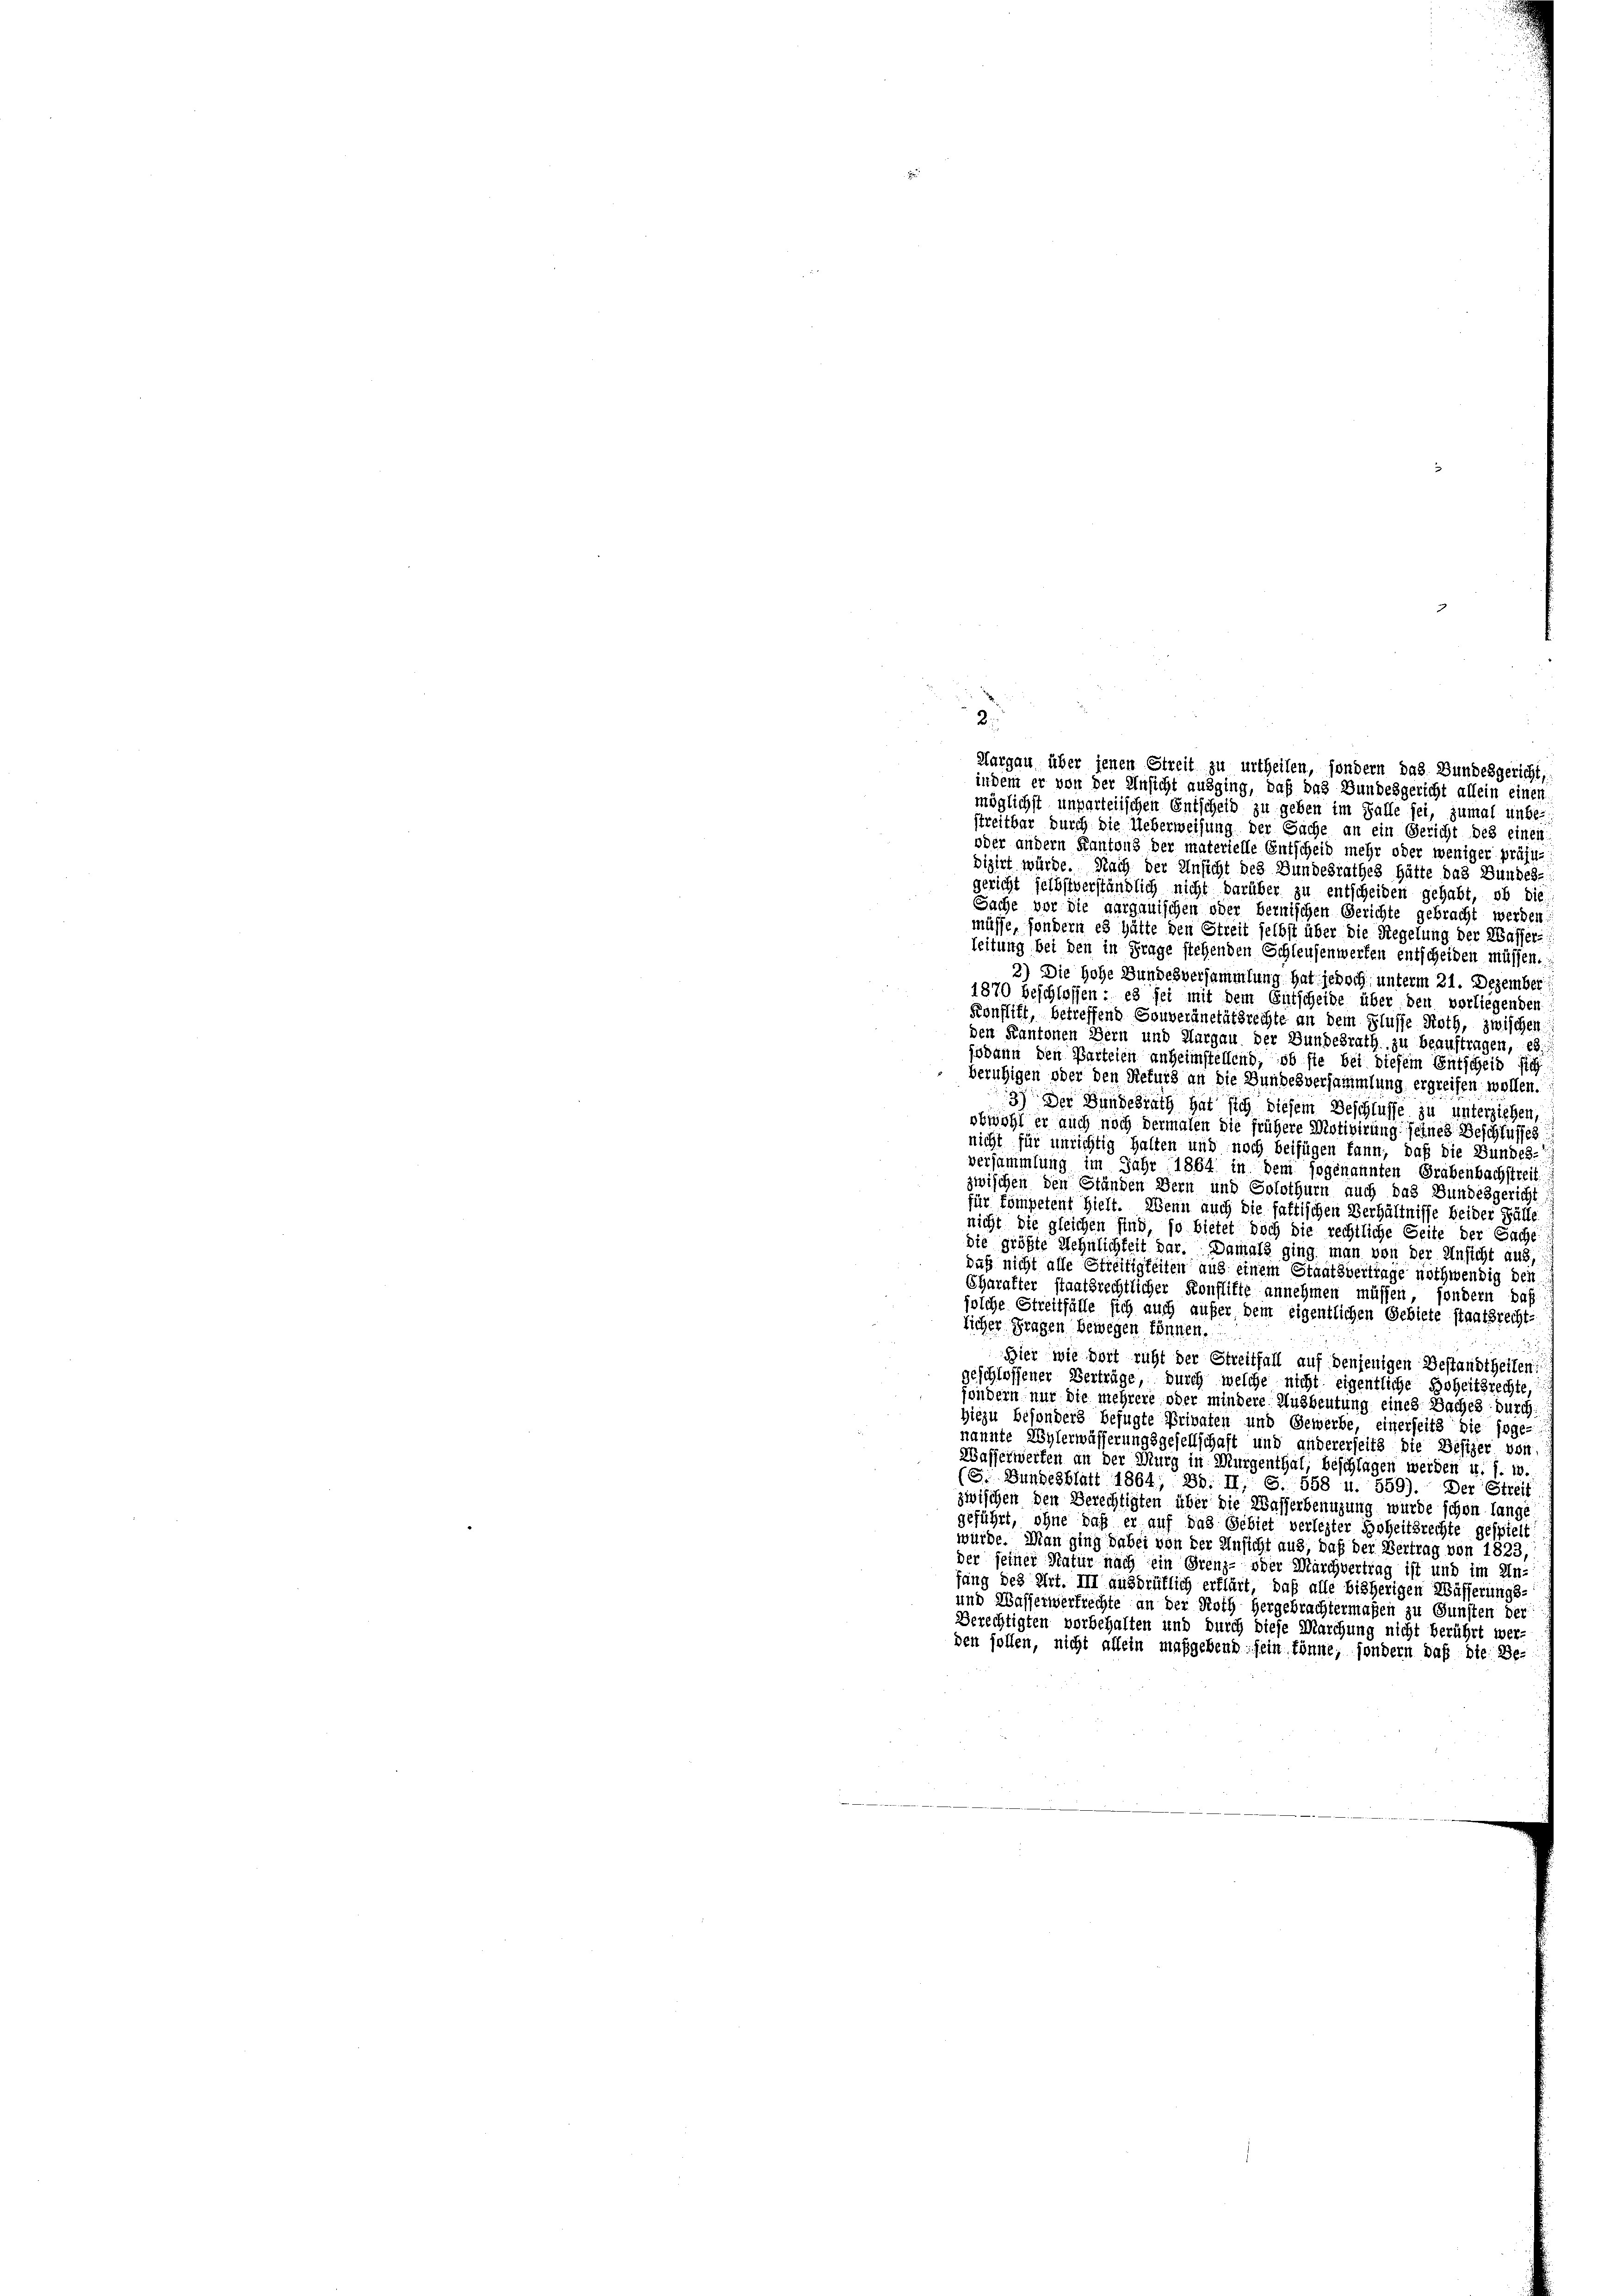
möglichst unparteiischen Entscheid zu geben im Falle sei, zumal unbe-
streitbar durch die Ueberweisung der Sache an ein Gericht des einen
oder andern Kantons der materielle Entscheid mehr oder weniger präju-
dizirt würde. Nach der Ansicht des Bundesrathes hätte das Bundes-
gericht selbstverständlich nicht darüber zu entscheiden gehabt, ob die
Sache vor die aargauischen oder bernischen Gerichte gebracht werden,
müsse, sondern es hätte den Streit selbst über die Regelung der Wasser-
leitung bei den in Frage stehenden Schleußenwerfen entscheiden müssen.
2) Die Hohe Bundesversammlung hat jedoch, unterm 21. Dezember
1870 beschlossen: es sei mit dem Gutscheide über den vorliegenden
Konflikt, betreffend Souveränetätsrechte an dem Flusse Noth, zwischen
den Kantonen Bern und Aargau der Bundesrath, zu beauftragen, es
jodann den Parteien anheimstellend, ob sie bei diesem Entscheid sich
beruhigen oder den Rekurs an die Hundesversammlung ergreifen wollen.
3) Der Bundesrath hat sich diesem Beschlusse zu unterziehen,
obwohl er auch noch dermalen die frühere Motivirung seines Beschlusses.
nicht für unrichtig halten und noch beifügen kann, daß die Bundes-
versammlung im Jahr 1864 in dem sogenannten Grabenbachstreit
zwischen den Ständen Bern und Solothurn auch das Bundesgericht
für kompetent hielt. Wenn auch die fattischen Verhältnisse beider Fülle
nicht die gleichen sind, so bietet doch die rechtliche Seite der Sache
die größte Wehnlichkeit dar. Damals ging man von der Ansicht aus,
daß nicht alle Streitigkeiten aus einem Staatsvertrage nothwendig den
Charakter staatsrechtlicher Konflikte annehmen müssen, sondern daß
jolche Streitfälle sich auch außer dem eigentlichen Gebiete staatsrechts
licher Fragen bewegen können.
25
Hier wie dort ruht der Streitfall auf denjenigen Bestandtheilen
geschlossener Verträge, durch welche nicht eigentliche Hoheitsrechte,
fondern nur die mehrere oder mindere Ausbeutung eines Saches durch
hiezu besonders befugte Privaten und Gewerbe, einerseits die soge-
nannte Wylerwässerungsgesellschaft und andererseits die Besizer von
Wasserwerfen an der Murg in Murgenthal, beschlagen werden u. s. w.
(S. Bundesblatt 1864, Bd. II, S. 558 u. 559). Der Streit
zwischen den Berechtigten über die Wasserbenugung wurde schon lange
geführt, ohne daß er auf das Gebiet verlegter Hoheitsrechte gespielt
würde. Man ging dabei von der Ansicht aus, daß der Vertrag von 1823,
der seiner Natur nach ein Grenz- oder Marchvertrag ist und im In-
fang des Art. III ausdrüklich erklärt, daß alle bisherigen Wässerungs-
und Wasserwerfrechte an der Noth hergebrachtermaßen zu Gunsten der
Berechtigten vorbehalten und durch diese Marchung nicht berührt wer-
den sollen, nicht allein maßgebend sein könne, sondern daß die Be-

2
Margau über jenen Streit zu urtheilen, sondern das Bundesgericht
indem er von der Ansicht ausging, daß das Bundesgericht allein einen